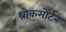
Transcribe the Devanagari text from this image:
थ्रोकमोर्टन